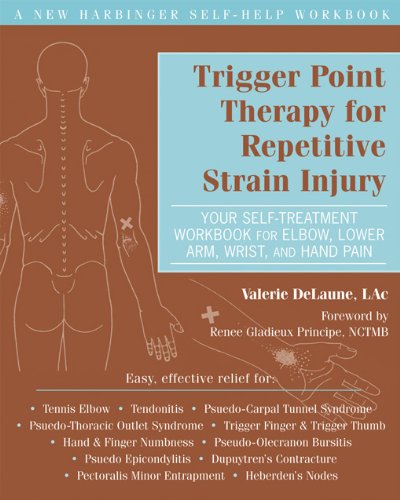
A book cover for Trigger Point Therapy for Repetitive Strain Injury: Your Self-Treatment Workbook for Elbow, Lower Arm, Wrist, & Hand Pain (New Harbinger Self-Help Workbook); Valerie DeLaune LAc; Health, Fitness & Dieting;